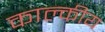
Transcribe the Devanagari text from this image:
काल्कीय